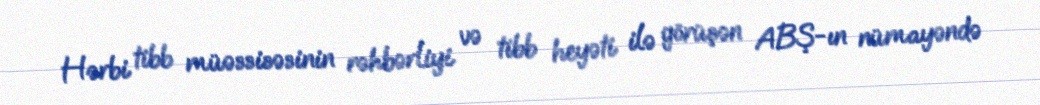
Hərbi tibb müəssisəsinin rəhbərliyi və tibb heyəti ilə görüşən ABŞ-ın nümayəndə